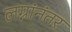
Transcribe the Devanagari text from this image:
लग्नांनंतर